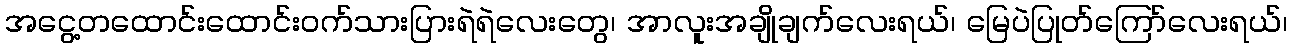
အငွေ့တထောင်းထောင်းဝက်သားပြားရဲရဲလေးတွေ၊ အာလူးအချိုချက်လေးရယ်၊ မြေပဲပြုတ်ကြော်လေးရယ်၊